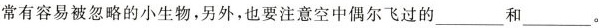
常有容易被忽略的小生物，另外，也要注意空中偶尔飞过的___和___。